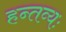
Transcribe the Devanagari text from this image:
हन्तव्यः